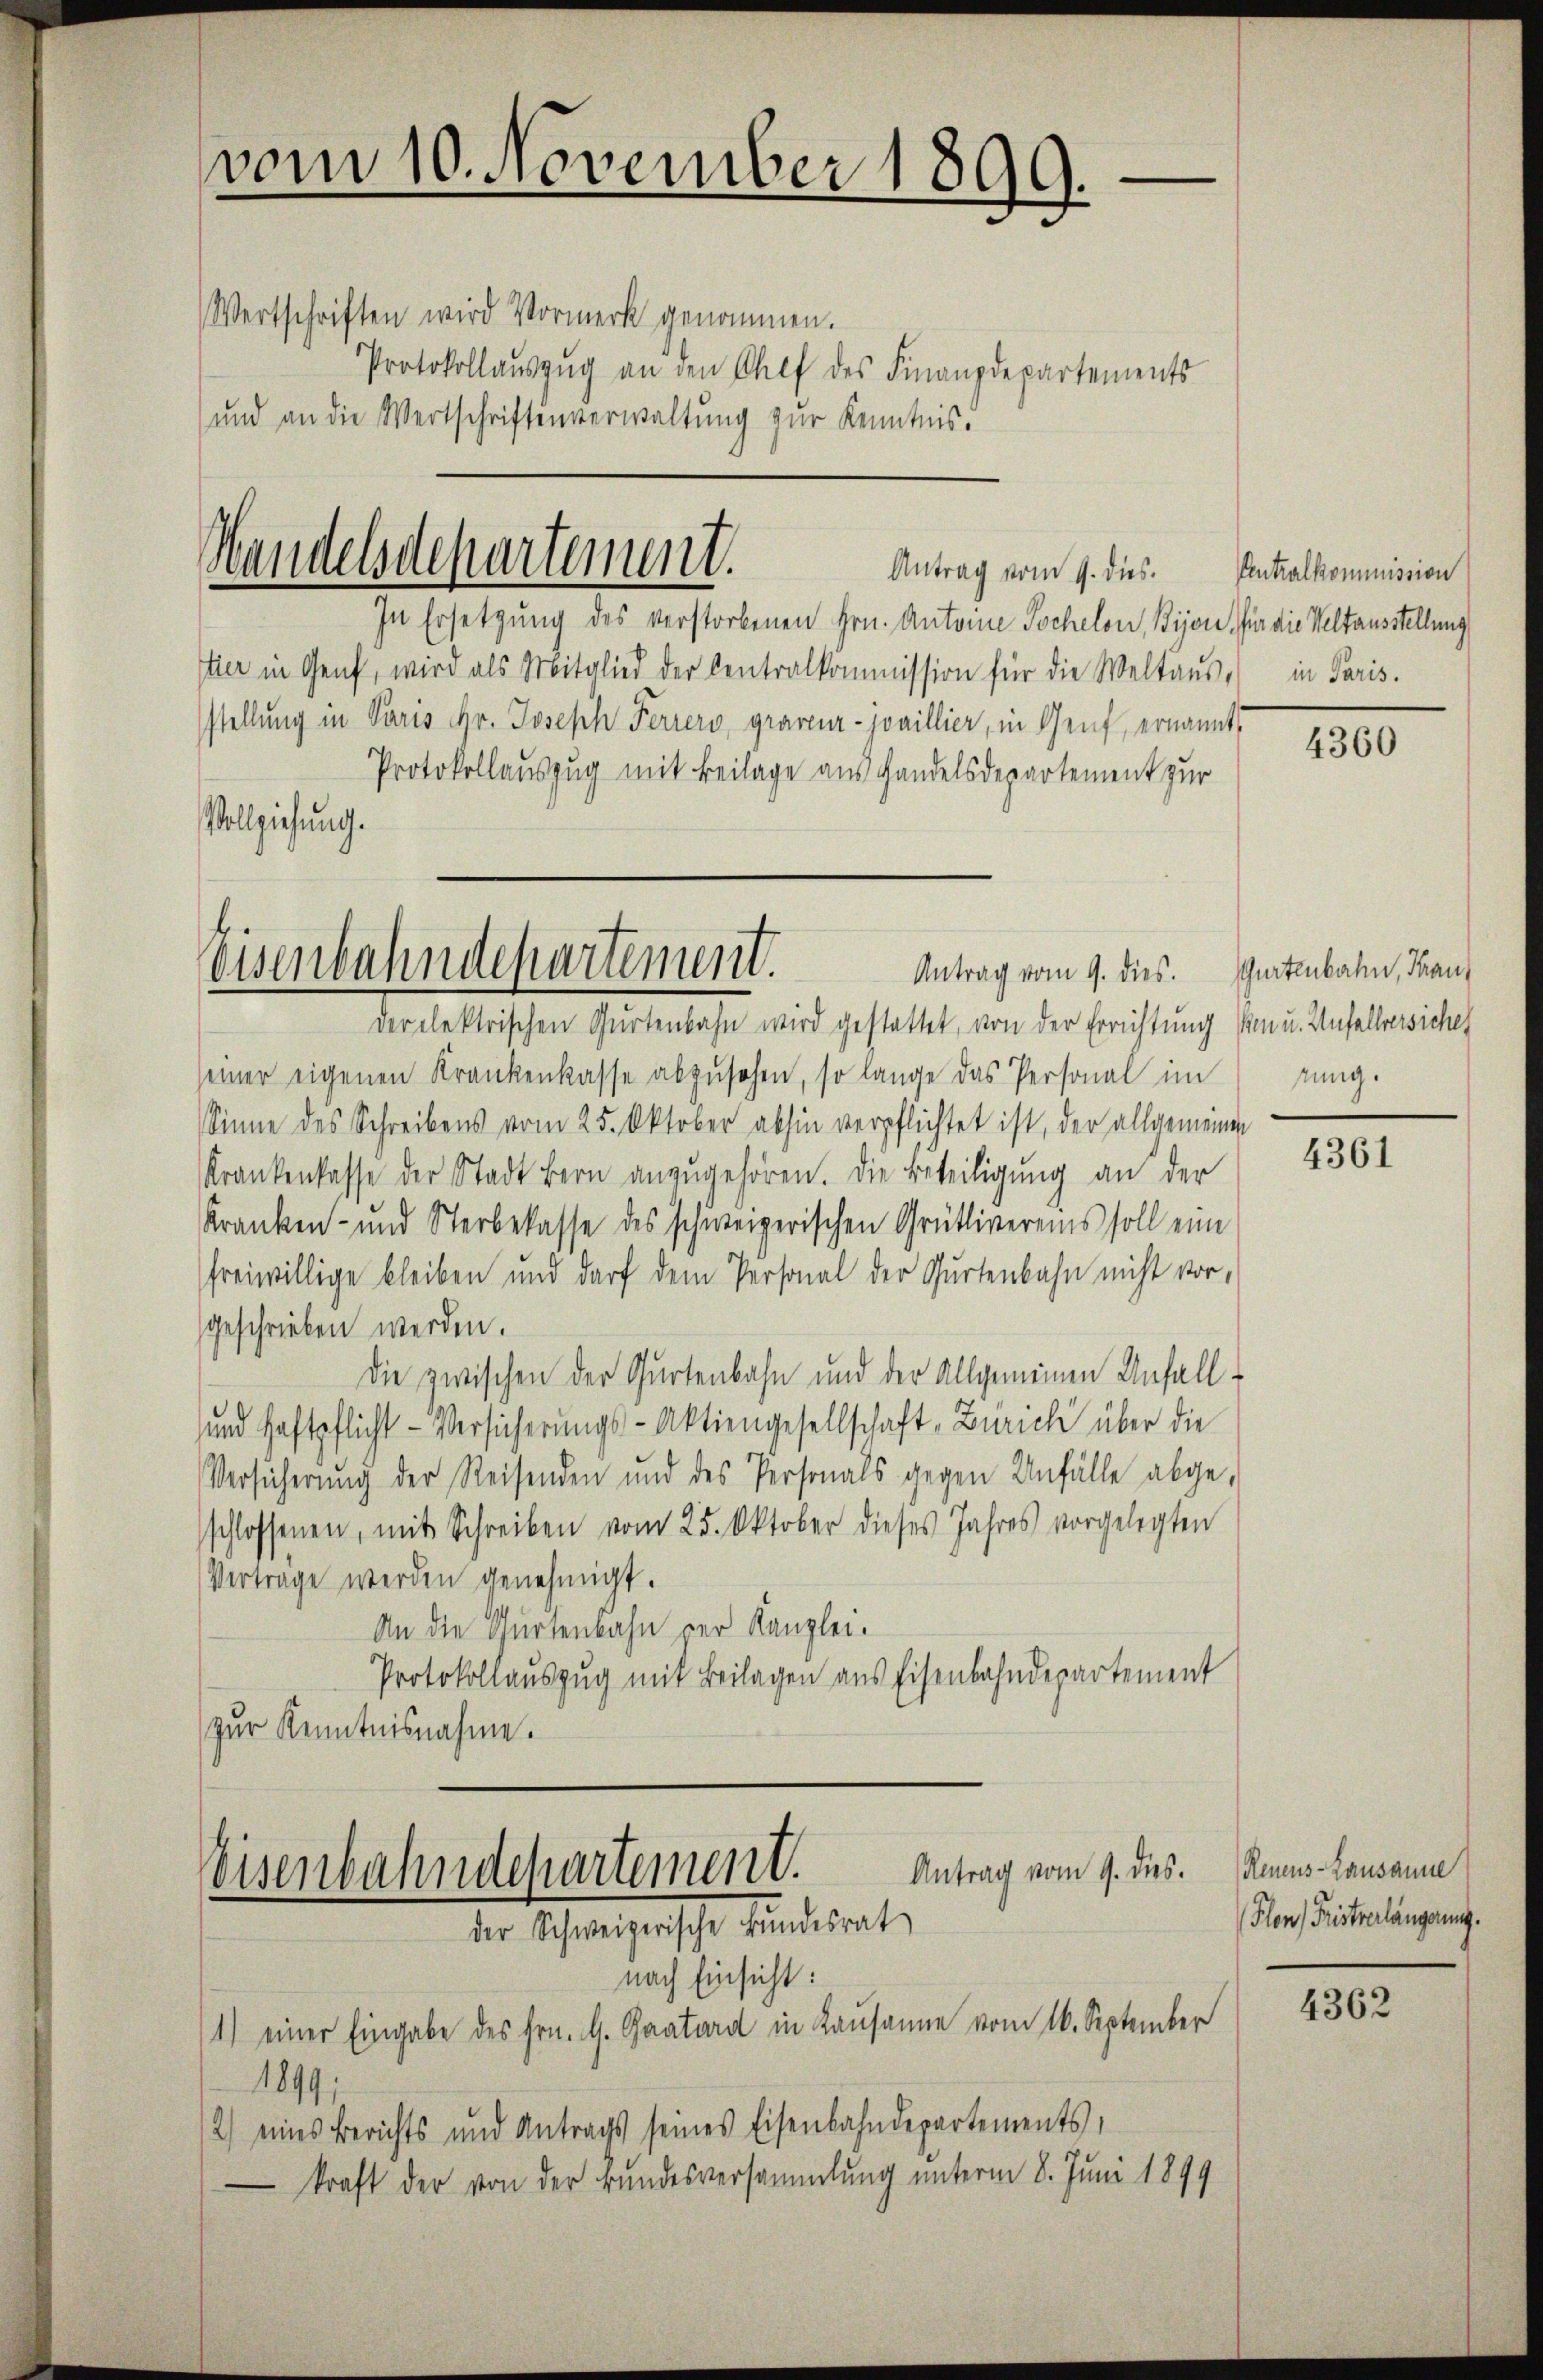
Wertschriften wird Vormerk genommen.
Protokollaŭszŭg an den Chef des Finanzdepartements
und an die Wertschriftenverwaltung zur Kenntnis.

vom 10. November 1899.
f

Handelsdepartement.

Consenbahndepartement.
Antrag vom 9. dies.

In Ersetzung des verstorbenen Hrn. Antoine Tochelon, Bijon, für die Veltausstellung
fier in Genf, wird als Mitglied der Centralkommission für die Weltaŭs in Paris.
stellung in Paris Gr. Joseph Feriers, graveur-joaillier, in Genf, ernannt,
Protokollauszug mit Beilage aus Handelsdepartement zur
Vollziehung.
der elektrischen Gurtenbahn wird gestattet, von der Errichtung ken u. Anfallversiches
seiner eigenen Krankenkasse abzusehen, so lange das Personal im
Sinne des Schreibens vom 25. Oktober abhin verpflichtet ist, der allgemeinen
Krankenkasse der Stadt Bern anzŭgehören. Die Beteiligŭng an der
Kranken- und Sterbekasse des schweizerischen Grütlivereins soll eine
freiwillige bleiben und darf dem Personal der Gurtenbahn nicht vor,
geschrieben werden.
Die zwischen der Gartenbahn und der Allgemeinen Anfall
und Haftpflicht- Versicherungs-Aktiengesellschaft, Zürich über die
Versicherung der Reisenden und des Personals gegen Unfälle abge-
schlossenen, mit Schreiben vom 25. Oktober dieses Jahres vorgelegten
Verträge werden genehmigt.
An die Gurtenbahn der Kanzlei.
Protokollauszug mit Beilagen aus Eisenbahndepartement
zur Kenntnisnahme.

nach Einsicht:
(1) einer Eingabe des Hrn. G. Saatard in Kausanne vom 16. September
1899
2) eines Berichts und Antrags seines Eisenbahndepartements,
 kraft der von der Bundesversammlung unterm 8. Juni 1899

Antrag vom 9. dies. Centralkommission

Antrag vom 9. dies.
Weisenbahndepartement.
der Schweizerische Bundesrat

4360

Gurtenbahn, Trau
rung.

4361

Renens-Lausanne
Flon, Fristverlängerung.

4362